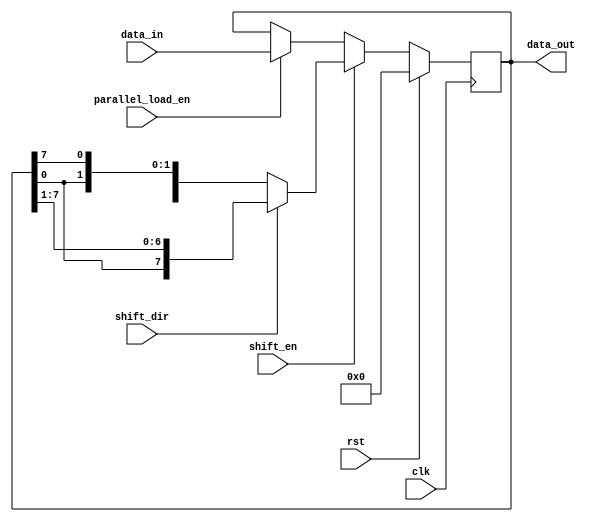
module shift_register(
    input wire clk,
    input wire rst,
    input wire shift_dir, // 0 for left shift, 1 for right shift
    input wire shift_en,
    input wire parallel_load_en,
    input wire [7:0] data_in,
    output reg [7:0] data_out
);

reg [7:0] reg_data;

always @(posedge clk) begin
    if (rst) begin
        reg_data <= 8'b0;
    end else begin
        if (shift_en) begin
            if (shift_dir) begin
                reg_data <= {reg_data[0], reg_data[7:1]};
            end else begin
                reg_data <= {reg_data[6:0], reg_data[7]};
            end
        end else begin
            if (parallel_load_en) begin
                reg_data <= data_in;
            end
        end
    end
end

assign data_out = reg_data;

endmodule